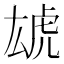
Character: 𱿏